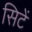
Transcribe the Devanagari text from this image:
सिटें